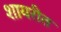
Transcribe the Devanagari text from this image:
शायरीत